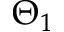
\Theta _ { 1 }